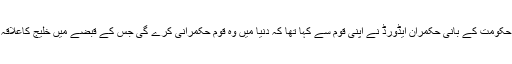
روسی حکومت کے بانی حکمران ایڈورڈ نے اپنی قوم سے کہا تھا کہ دنیا میں وہ قوم حکمرانی کرے گی جس کے قبضے میں خلیج کاعلاقہ ہو گا ۔